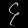
Digit: ၄